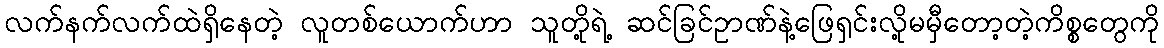
လက်နက်လက်ထဲရှိနေတဲ့ လူတစ်ယောက်ဟာ သူတို့ရဲ့ ဆင်ခြင်ဥာဏ်နဲ့ဖြေရှင်းလို့မမှီတော့တဲ့ကိစ္စတွေကို